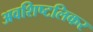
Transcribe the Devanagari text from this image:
अवशिष्टलिकर